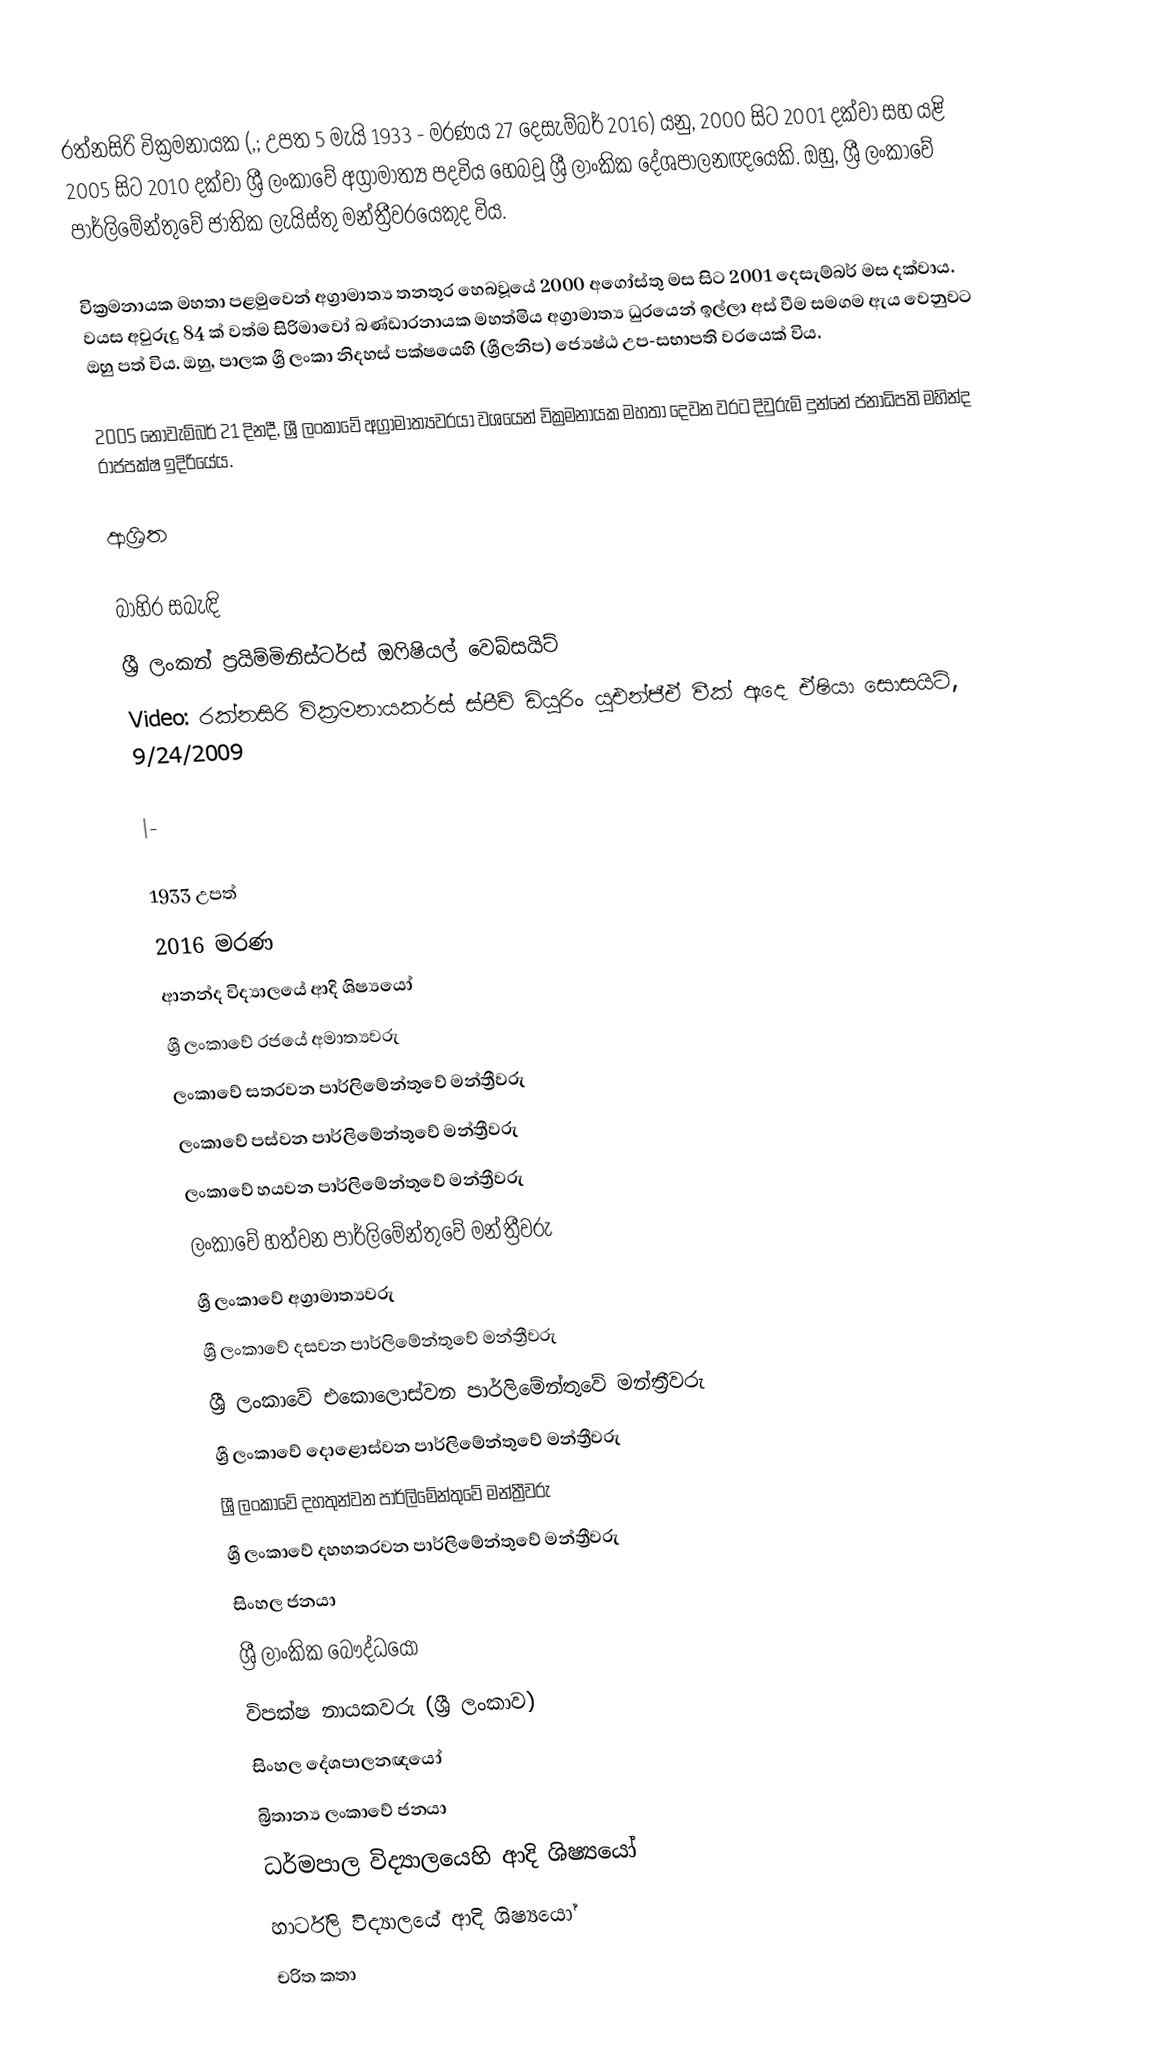
රත්නසිරි වික්‍රමනායක (,; උපත 5 මැයි 1933 - මරණය 27 දෙසැම්බර් 2016) යනු, 2000 සිට 2001 දක්වා සහ යළි 2005 සිට 2010 දක්වා ශ්‍රී ලංකාවේ අග්‍රාමාත්‍ය පදවිය හෙබවූ  ශ්‍රී ලාංකික දේශපාලනඥයෙකි. ඔහු, ශ්‍රී ලංකාවේ පාර්ලිමේන්තුවේ  ජාතික ලැයිස්තු මන්ත්‍රීවරයෙකුද විය.

වික්‍රමනායක මහතා පළමුවෙන් අග්‍රාමාත්‍ය තනතුර හෙබවූයේ  2000 අගෝස්තු මස සිට 2001 දෙසැම්බර් මස දක්වාය. වයස අවුරුදු 84 ක් වත්ම සිරිමාවෝ බණ්ඩාරනායක මහත්මිය අග්‍රාමාත්‍ය ධුරයෙන් ඉල්ලා අස් වීම සමගම ඇය වෙනුවට ඔහු පත් විය. ඔහු,  පාලක ශ්‍රී ලංකා නිදහස් පක්ෂයෙහි (ශ්‍රීලනිප)  ජ්‍යෙෂ්ඨ උප-සභාපති වරයෙක් විය.

2005 නොවැම්බර් 21 දිනදී, ශ්‍රී ලංකාවේ අග්‍රාමාත්‍යවරයා වශයෙන් වික්‍රමනායක මහතා දෙවන වරට දිවුරුම් දුන්නේ ජනාධිපති මහින්ද රාජපක්ෂ ඉදිරියේය.

ආශ්‍රිත

බාහිර සබැඳි
 ශ්‍රී ලංකන් ප්‍රයිම්මිනිස්ටර්ස් ඔෆිෂියල් වෙබ්සයිට්
Video: රක්නසිරි වික්‍රමනායකර්ස් ස්පීච් ඩියුරිං යූඑන්ජීඒ වීක් ඇදෙ ඒෂියා සොසයිටි, 9/24/2009

|-

1933 උපත්
2016 මරණ
ආනන්ද විද්‍යාලයේ ආදි ශිෂ්‍යයෝ
ශ්‍රී ලංකාවේ රජයේ අමාත්‍යවරු
ලංකාවේ සතරවන පාර්ලිමේන්තුවේ මන්ත්‍රීවරු
ලංකාවේ පස්වන පාර්ලිමේන්තුවේ මන්ත්‍රීවරු
ලංකාවේ හයවන පාර්ලිමේන්තුවේ මන්ත්‍රීවරු
ලංකාවේ හත්වන පාර්ලිමේන්තුවේ මන්ත්‍රීවරු
ශ්‍රී ලංකාවේ අග්‍රාමාත්‍යවරු
ශ්‍රී ලංකාවේ දසවන පාර්ලිමේන්තුවේ මන්ත්‍රීවරු
ශ්‍රී ලංකාවේ එකොලොස්වන පාර්ලිමේන්තුවේ මන්ත්‍රීවරු
ශ්‍රී ලංකාවේ දොළොස්වන පාර්ලිමේන්තුවේ මන්ත්‍රීවරු
ශ්‍රී ලංකාවේ දහතුන්වන පාර්ලිමේන්තුවේ මන්ත්‍රීවරු
ශ්‍රී ලංකාවේ දහහතරවන පාර්ලිමේන්තුවේ මන්ත්‍රීවරු
සිංහල ජනයා
ශ්‍රී ලාංකික බෞද්ධයෝ
විපක්ෂ නායකවරු (ශ්‍රී ලංකාව)
සිංහල දේශපාලනඥයෝ
බ්‍රිතාන්‍ය ලංකාවේ ජනයා
ධර්මපාල විද්‍යාලයෙහි ආදි ශිෂ්‍යයෝ
හාර්ට්ලි විද්‍යාලයේ ආදි ශිෂ්‍යයෝ
චරිත කතා